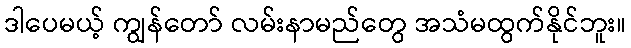
ဒါပေမယ့် ကျွန်တော် လမ်းနာမည်တွေ အသံမထွက်နိုင်ဘူး။